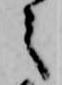
之